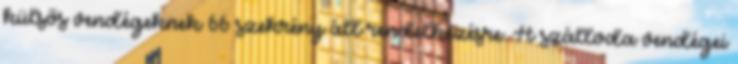
külsős vendégeknek 66 szekrény áll rendelkezésre. A szálloda vendégei